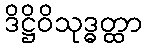
ဒိဋ္ဌိဝိသုဒ္ဓတ္ထာ